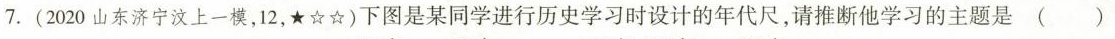
7. (2020 山东济宁汶上一模，12，*☆☆)下图是某同学进行历史学习时设计的年代尺，请推断他学习的主题是 ()